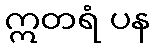
ဣတရံ ပန